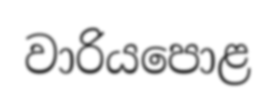
වාරියපොළ